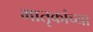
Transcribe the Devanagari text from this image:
मातृकांच्या